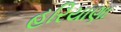
હરિયાણા